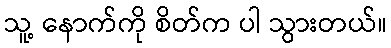
သူ့ နောက်ကို စိတ်က ပါ သွားတယ်။